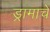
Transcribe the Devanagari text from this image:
ड्रामाचे